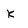
Character: k